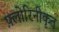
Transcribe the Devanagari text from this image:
फ़्लोरिनीकृत